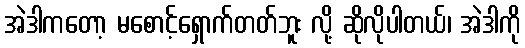
အဲဒါကတော့ မစောင့်ရှောက်တတ်ဘူး လို့ ဆိုလိုပါတယ်၊ အဲဒါကို